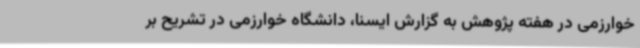
خوارزمی در هفته پژوهش به گزارش ایسنا، دانشگاه خوارزمی در تشریح بر